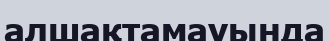
алшақтамауында